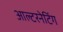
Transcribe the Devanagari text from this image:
आल्टरनेटिंग